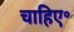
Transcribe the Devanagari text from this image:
चाहिए॰